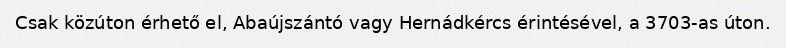
Csak közúton érhető el, Abaújszántó vagy Hernádkércs érintésével, a 3703-as úton.